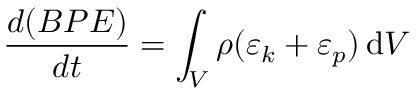
\frac { d ( B P E ) } { d t } = \int _ { V } \rho ( \varepsilon _ { k } + \varepsilon _ { p } ) \, \mathrm { d } V